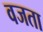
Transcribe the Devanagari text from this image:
वजता